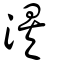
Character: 涘